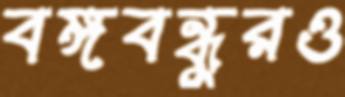
বঙ্গবন্ধুরও